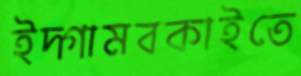
ইদ্গামবকাইতে